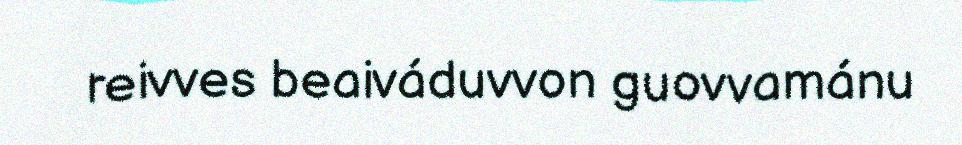
reivves beaiváduvvon guovvamánu